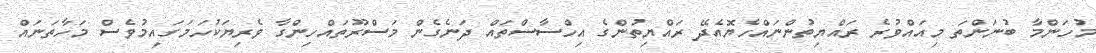
މުހަންމާ ބުނަންތަ މިއައްވުރެ ރައްޔިތުންނައްހެޔޮއެދޭ ރައްޔިތުންގެ އިހްސާސްތައް ދަނެގެން މަސްރޫތައްހިންގާ ވެރިޔަކުހަމަގައިމުވެސް މަހާތަނައް